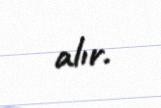
alır.